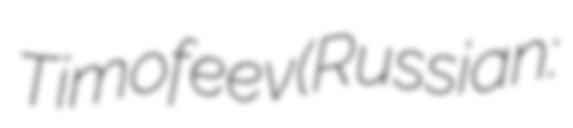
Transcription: Timofeev (Russian: Алексе́й